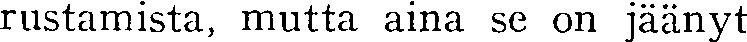
rustamista, mutta aina se on jäänyt